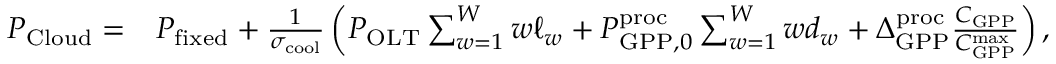
\begin{array} { r l } { P _ { \mathrm { C l o u d } } = } & { P _ { \mathrm { f i x e d } } + \frac { 1 } { \sigma _ { \mathrm { c o o l } } } \left( P _ { \mathrm { O L T } } \sum _ { w = 1 } ^ { W } w \ell _ { w } + P _ { \mathrm { G P P } , 0 } ^ { \mathrm { p r o c } } \sum _ { w = 1 } ^ { W } w d _ { w } + \Delta _ { \mathrm { G P P } } ^ { \mathrm { p r o c } } \frac { C _ { \mathrm { G P P } } } { C _ { \mathrm { G P P } } ^ { \mathrm { m a x } } } \right) , } \end{array}